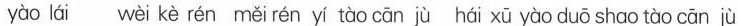
yào lái wèi kè rén měi rén yí tào cān jù hái xū yào duō shao tào cān jù